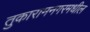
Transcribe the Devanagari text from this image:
तुकारामनगरमधील